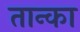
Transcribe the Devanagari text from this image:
तान्का